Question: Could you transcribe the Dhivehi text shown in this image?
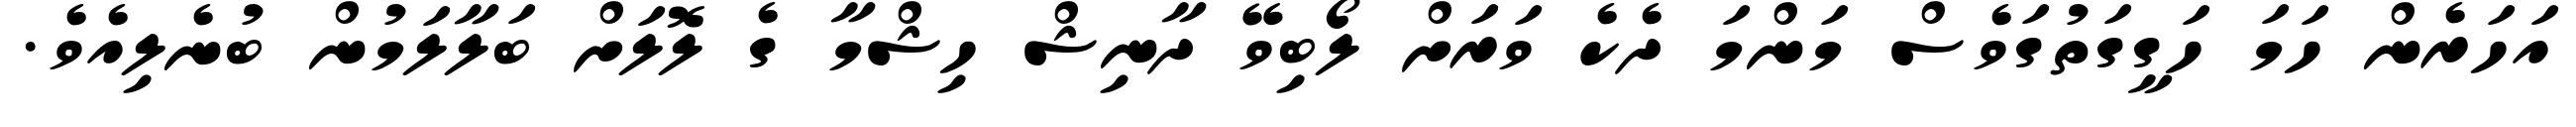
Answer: އަހަރެން ހަމަ ހަގީގަތުގަވެސް މަންމަ ދެކެ ވަރަށް ލޯބިވޭ ދާނިޝް ހިޝްމާ ގެ ލޮލަށް ބަލާލަމުން ބުނެލިއެވެ.